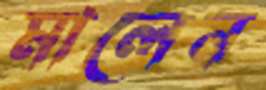
মালেন